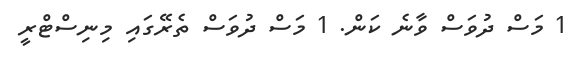
1 މަސް ދުވަސް ވާނެ ކަން. 1 މަސް ދުވަސް ތެރޭގައި މިނިސްޓްރީ